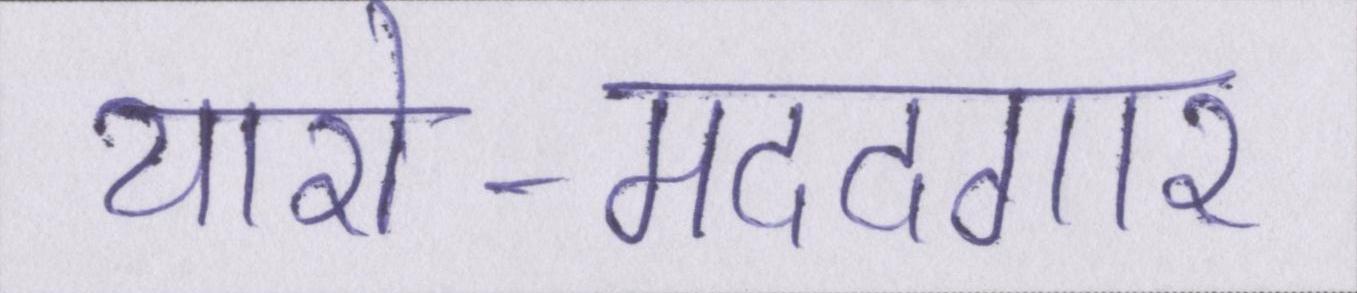
यारो-मददगार